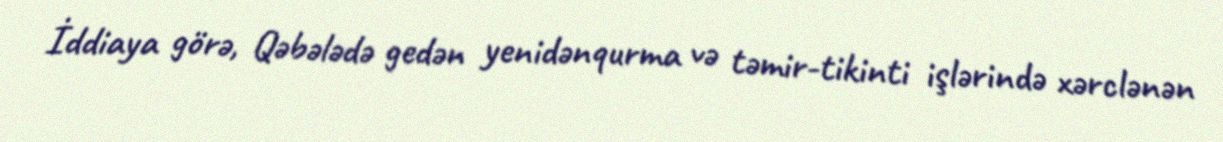
İddiaya görə, Qəbələdə gedən yenidənqurma və təmir-tikinti işlərində xərclənən